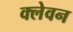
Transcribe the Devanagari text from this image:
क्लेवन